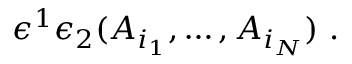
\epsilon ^ { 1 } \epsilon _ { 2 } ( A _ { i _ { 1 } } , \dots , A _ { i _ { N } } ) \ .